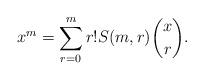
\begin{align*}x^m= \sum_{r=0}^m r! S(m,r)\binom{x}{r}.\end{align*}